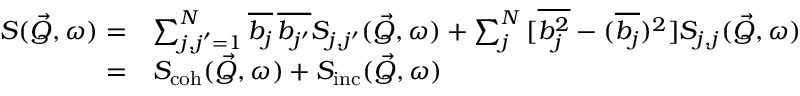
\begin{array} { r l } { S ( \vec { Q } , \omega ) = } & { \sum _ { \substack { j , j ^ { \prime } = 1 } } ^ { N } { \overline { { b _ { j } } } \, \overline { { b _ { j ^ { \prime } } } } } S _ { j , j ^ { \prime } } ( \vec { Q } , \omega ) + \sum _ { j } ^ { N } { [ \overline { { b _ { j } ^ { 2 } } } - ( \overline { { b _ { j } } } ) ^ { 2 } ] } S _ { j , j } ( \vec { Q } , \omega ) } \\ { = } & { S _ { \mathrm { c o h } } ( \vec { Q } , \omega ) + S _ { \mathrm { i n c } } ( \vec { Q } , \omega ) } \end{array}